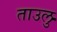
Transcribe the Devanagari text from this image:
ताउलु